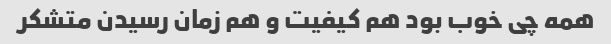
همه چی خوب بود هم کیفیت و هم زمان رسیدن متشکر